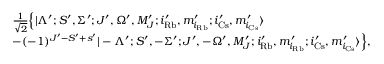
\begin{array} { r l } & { \frac { 1 } { \sqrt { 2 } } \Bigl \{ | \Lambda ^ { \prime } ; S ^ { \prime } , \Sigma ^ { \prime } ; J ^ { \prime } , \Omega ^ { \prime } , M _ { J } ^ { \prime } ; i _ { \mathrm { R b } } ^ { \prime } , m _ { i _ { \mathrm { R b } } } ^ { \prime } ; i _ { \mathrm { C s } } ^ { \prime } , m _ { i _ { \mathrm { C s } } } ^ { \prime } \rangle } \\ & { - ( - 1 ) ^ { J ^ { \prime } - S ^ { \prime } + s ^ { \prime } } | - \Lambda ^ { \prime } ; S ^ { \prime } , - \Sigma ^ { \prime } ; J ^ { \prime } , - \Omega ^ { \prime } , M _ { J } ^ { \prime } ; i _ { \mathrm { R b } } ^ { \prime } , m _ { i _ { \mathrm { R b } } } ^ { \prime } ; i _ { \mathrm { C s } } ^ { \prime } , m _ { i _ { \mathrm { C s } } } ^ { \prime } \rangle \Bigr \} , } \end{array}